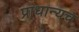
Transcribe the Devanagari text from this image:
प्राधान्यच